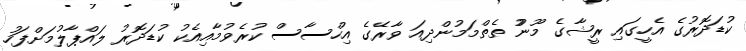
ކުޑަދޮރުގެެ އެހީގައި ރީޝާގެ މޫނުު ތެތްމަމުންދިއަ ވާރޭޭގެ އިހްސާސް ކުރެވުުމާއިއެކު ކުޑަދޮރުު ލައްޕާލުމަށްފަހު